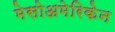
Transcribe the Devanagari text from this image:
मेसोअमेरिकेन